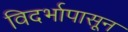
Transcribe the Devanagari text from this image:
विदर्भापासून